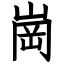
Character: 崗